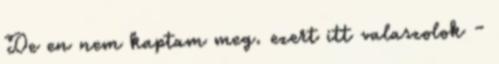
De en nem kaptam meg. ezert itt valaszolok -